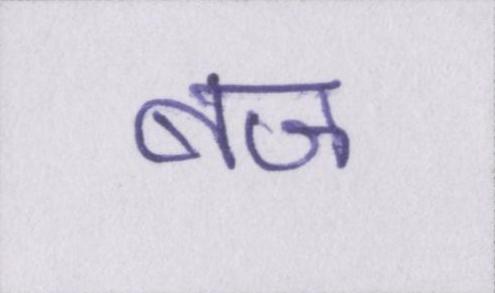
बज